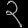
Digit: ၃